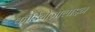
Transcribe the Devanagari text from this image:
कॉर्डियोज़ालाइन